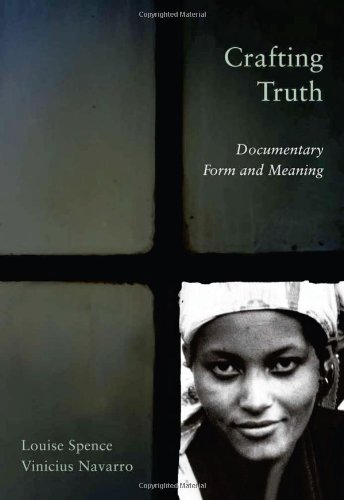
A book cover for Crafting Truth: Documentary Form and Meaning; Professor Louise Spence; Humor & Entertainment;